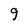
Character: g